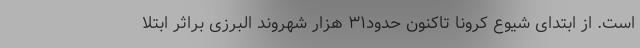
است. از ابتدای شیوع کرونا تاکنون حدود۳۱ هزار شهروند البرزی براثر ابتلا